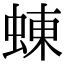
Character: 蝀